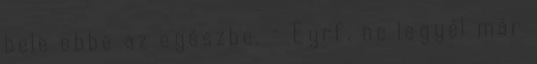
bele ebbe az egészbe. - Eyrf, ne legyél már